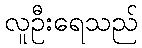
လူဦးရေသည်